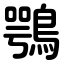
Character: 鶚